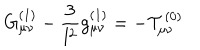
LaTeX: G _ { \mu \nu } ^ { ( 1 ) } - \frac { 3 } { l ^ { 2 } } g _ { \mu \nu } ^ { ( 1 ) } = - { \cal T } _ { \mu \nu } ^ { ( 0 ) }